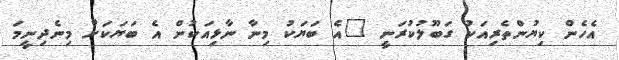
އެހެން ކިޔުންތެރިއަކު ގަބޫލުކުރަނީ "އެ ބަޔަކު މިނާ ނާޅިއަކުން އެ ބަޔަކަށް މިނެދިނީމަ